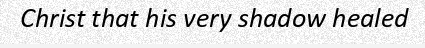
Christ that his very shadow healed